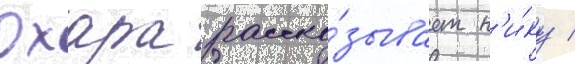
Охара расска́зывает н'и́ку /